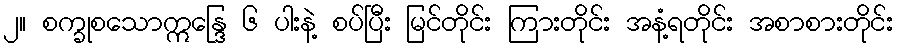
၂။ စက္ခုစသောဣန္ဒြေ ၆ ပါးနဲ့ စပ်ပြီး မြင်တိုင်း ကြားတိုင်း အနံ့ရတိုင်း အစာစားတိုင်း